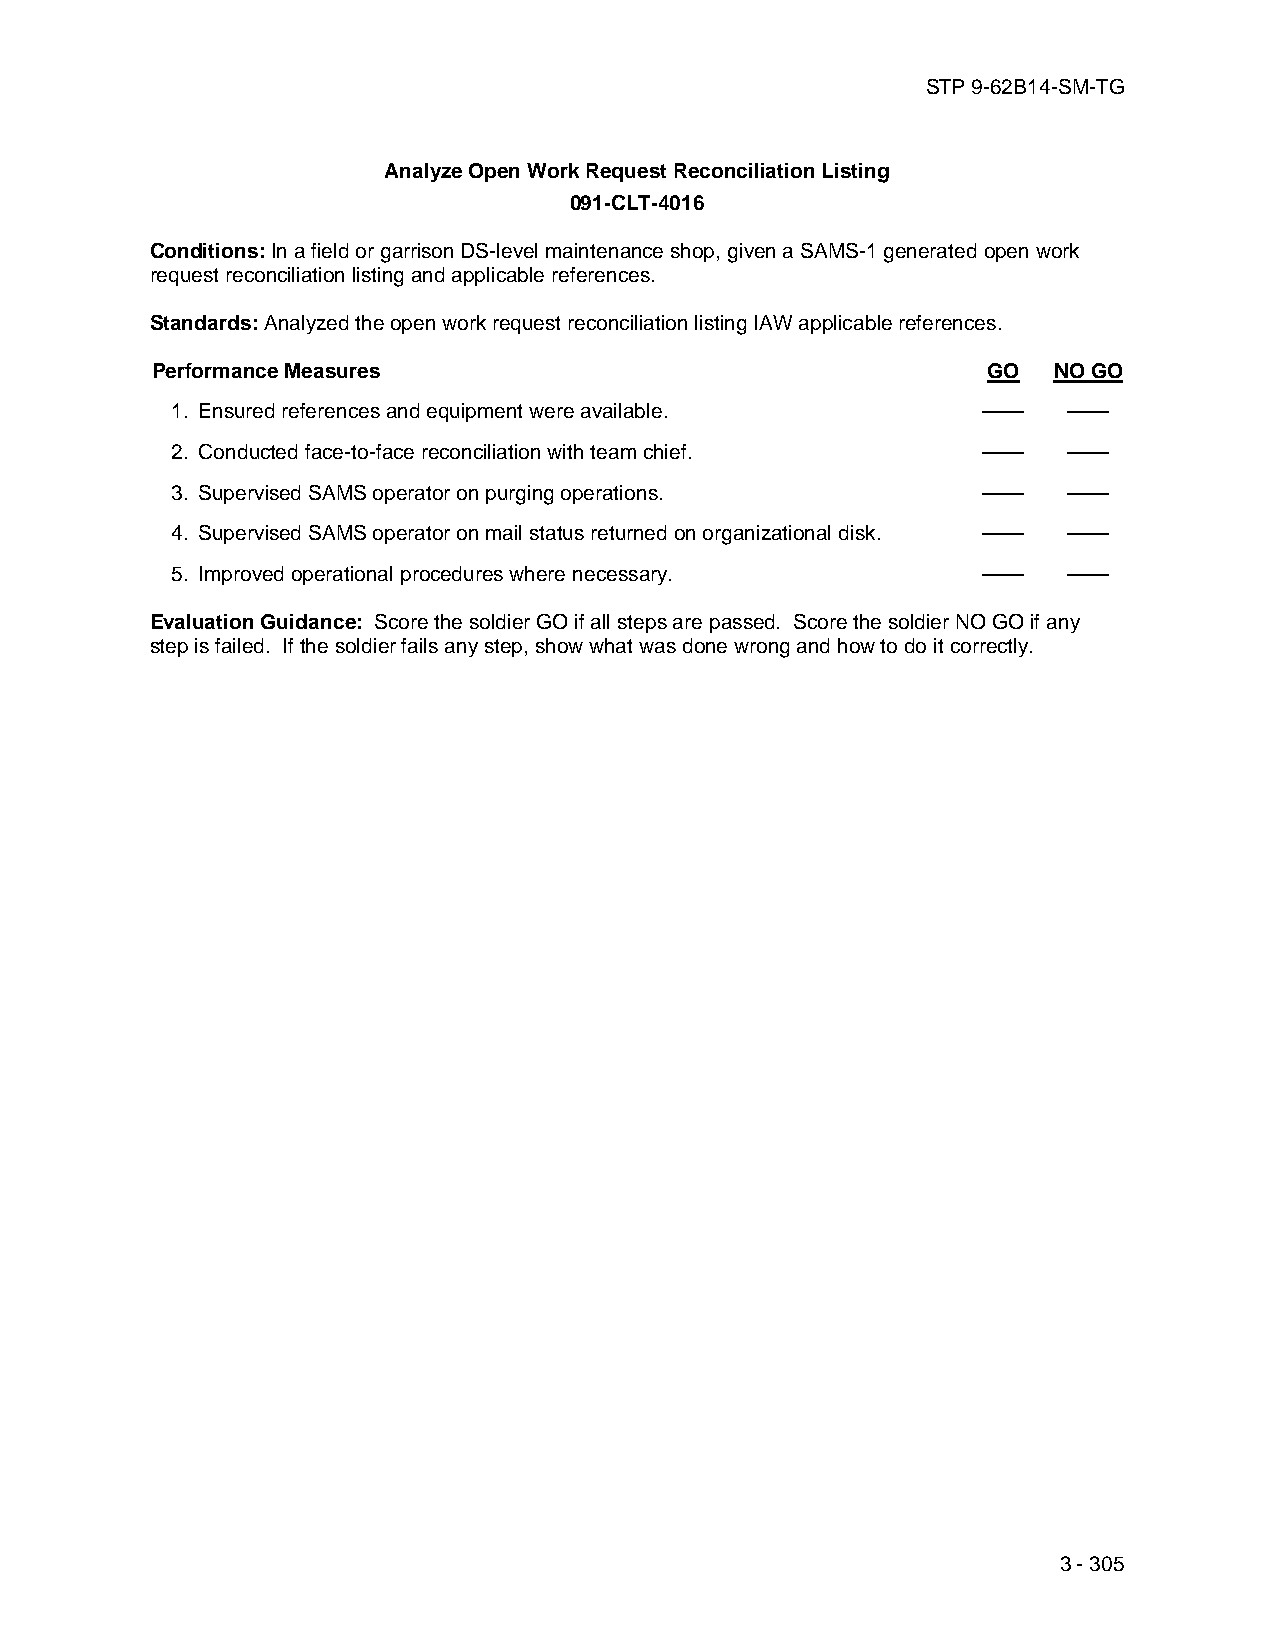
STP 9-62B14-SM-TG
 Analyze Open Work Request Reconciliation Listing
 091-CLT-4016
 Conditions: In a field or garrison DS-level maintenance shop, given a SAMS-1 generated open work
 request reconciliation listing and applicable references.
 Standards: Analyzed the open work request reconciliation listing IAW applicable references.
 Performance Measures                                   GO   NO GO
 1. Ensured references and equipment were available.   ——    ——
 2. Conducted face-to-face reconciliation with team chief. —— ——
 3. Supervised SAMS operator on purging operations.    ——    ——
 4. Supervised SAMS operator on mail status returned on organizational disk. —— ——
 5. Improved operational procedures where necessary.   ——    ——
 Evaluation Guidance: Score the soldier GO if all steps are passed. Score the soldier NO GO if any
 step is failed. If the soldier fails any step, show what was done wrong and how to do it correctly.
 3 - 305